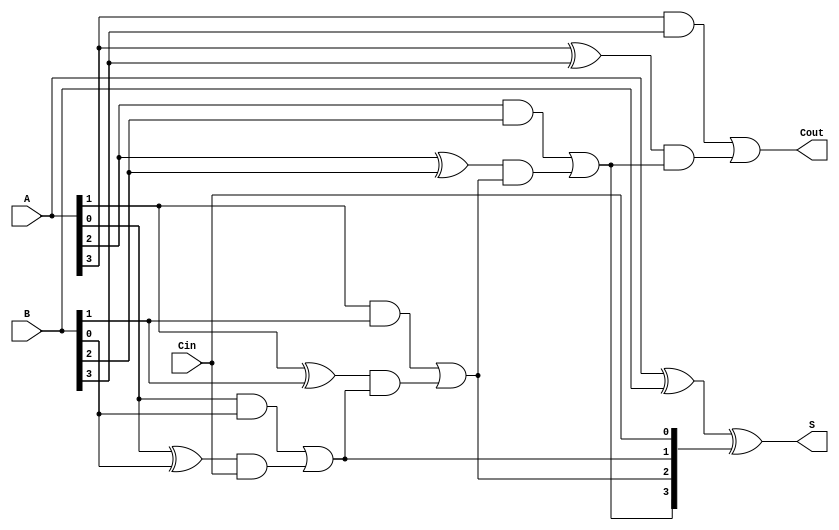
module CarryLookAheadAdder(A,B,Cin,S,Cout);
  input [3:0]A, B; 
  input Cin;
  output [3:0] S;
  output Cout;
  wire [3:0] Ci; 
  
  assign Ci[0] = Cin;
  assign Ci[1] = (A[0] & B[0]) | ((A[0]^B[0]) & Ci[0]);
  assign Ci[2] = (A[1] & B[1]) | ((A[1]^B[1]) & ((A[0] & B[0]) | ((A[0]^B[0]) & Ci[0])));
  assign Ci[3] = (A[2] & B[2]) | ((A[2]^B[2]) & ((A[1] & B[1]) | ((A[1]^B[1]) & ((A[0] & B[0]) | ((A[0]^B[0]) & Ci[0])))));
  assign Cout  = (A[3] & B[3]) | ((A[3]^B[3]) & ((A[2] & B[2]) | ((A[2]^B[2]) & ((A[1] & B[1]) | ((A[1]^B[1]) & ((A[0] & B[0]) | ((A[0]^B[0]) & Ci[0])))))));

  assign S = A^B^Ci;
endmodule